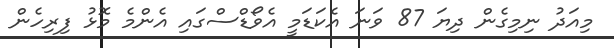
މިއަދު ނިމިގެން ދިޔަ 87 ވަނަ އެކަޑަމީ އެވޯޑްސްގައި އެންމެ މޮޅު ފިރިހެން